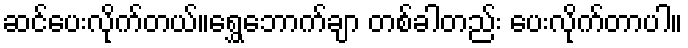
ဆင်ပေးလိုက်တယ်။ရွှေဘောက်ချာ တစ်ခါတည်း ပေးလိုက်တာပါ။